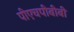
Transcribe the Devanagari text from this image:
पीएचपीबीबी